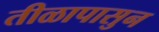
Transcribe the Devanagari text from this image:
तीळापासुन